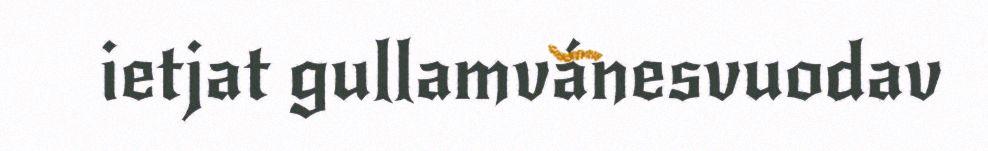
ietjat gullamvánesvuodav